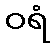
ဝရံ